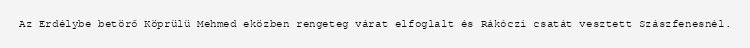
Az Erdélybe betörő Köprülü Mehmed eközben rengeteg várat elfoglalt és Rákóczi csatát vesztett Szászfenesnél.